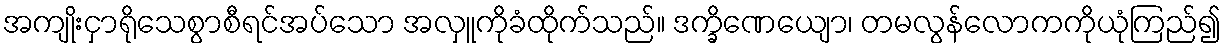
အကျိုးငှာရိုသေစွာစီရင်အပ်သော အလှူကိုခံထိုက်သည်။ ဒက္ခိဏေယျော၊ တမလွန်လောကကိုယုံကြည်၍